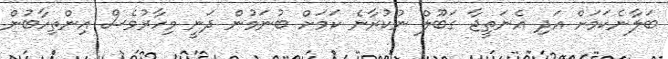
ބަލާނެކަމަށް އަދި އެނަތީޖާ ގަބޫލް ނުކުރާނެ ކަމަށް ބުނަމުން ދަނީ މިހާރުވެސް އިންތިހާބުން